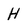
Character: H